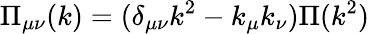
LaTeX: \Pi_{\mu\nu}(k)=(\delta_{\mu\nu}k^{2}-k_{\mu}k_{\nu})\Pi(k^{2})